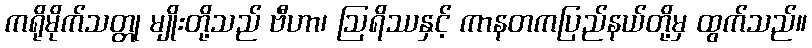
ကရိုမိုက်သတ္တု မျိုးတို့သည် ဗီဟာ၊ ဩရိဿနှင့် ကာနတကပြည်နယ်တို့မှ ထွက်သည်။